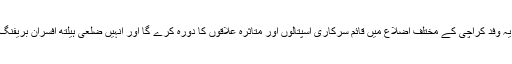
ڈبلیو ایچ او کا یہ وفد کراچی کے مختلف اضلاع میں قائم سرکاری اسپتالوں اور متاثرہ علاقوں کا دورہ کرے گا اور انہیں ضلعی ہیلتھ افسران بریفنگ بھی دیں گے۔